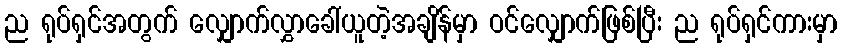
ည ရုပ်ရှင်အတွက် လျှောက်လွှာခေါ်ယူတဲ့အချိန်မှာ ဝင်လျှောက်ဖြစ်ပြီး ည ရုပ်ရှင်ကားမှာ